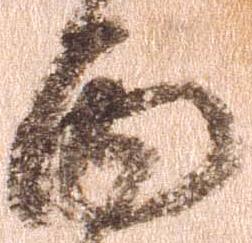
面